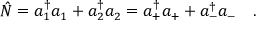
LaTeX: \hat { N } = a _ { 1 } ^ { \dagger } a _ { 1 } + a _ { 2 } ^ { \dagger } a _ { 2 } = a _ { + } ^ { \dagger } a _ { + } + a _ { - } ^ { \dagger } a _ { - } \ \ \ .